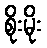
စိုးမိုး